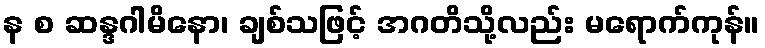
န စ ဆန္ဒဂါမိနော၊ ချစ်သဖြင့် အဂတိသို့လည်း မရောက်ကုန်။